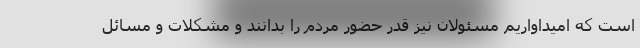
است که امیداواریم مسئولان نیز قدر حضور مردم را بدانند و مشکلات و مسائل